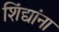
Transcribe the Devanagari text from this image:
शिंद्यांना